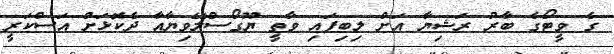
ގެ ވީޓޯގެ ބާރު ރަޝިޔާ އަށް ލިބިފައި ވާތީ ޔޫގޯސްލޭވިޔާއާ ދެކޮޅަށް އަސްކަރީ